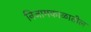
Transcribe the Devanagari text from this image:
निजामकाळातील